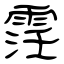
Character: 霪